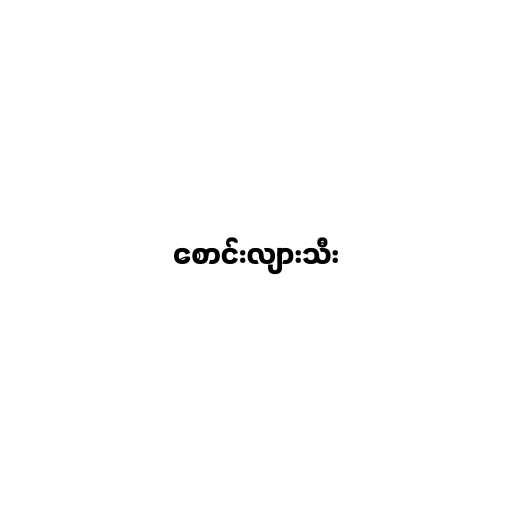
စောင်းလျားသီး